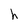
Character: h